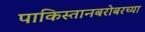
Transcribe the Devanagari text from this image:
पाकिस्तानबरोबरच्या